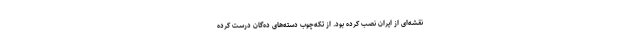
نقشه‌ای از ایران نصب کرده بود. از تکه‌چوب دسته‌های ده‌گان درست کرده